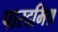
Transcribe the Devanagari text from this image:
पारदमिश्र